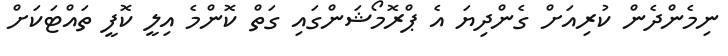
ނިމެންދެން ކުރިއަށް ގެންދިޔަ އެ ޕްރޮމޯޝަންގައި ގަތް ކޮންމެ އިލީ ކޮފީ ތައްޓަކަށް